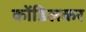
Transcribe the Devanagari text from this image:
कोंडिलकर